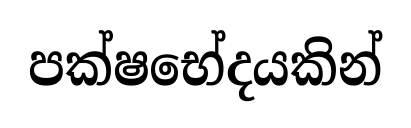
පක්ෂභේදයකින්